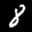
Label: 8